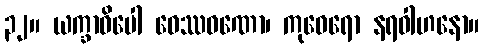
၃၂။ ယက္ခာဓိပေါ ဝေဿဝဏော၊ ကုဝေရော နရဝါဟနော။